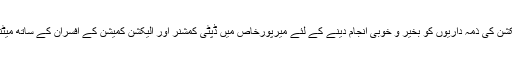
ہماری الیکشن کی ذمہ داریوں کو بخیر و خوبی انجام دینے کے لئے میرپورخاص میں ڈپٹی کمشنر اور الیکشن کمیشن کے افسران کے ساتھ میٹنگ ہوئی ۔